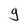
Character: g